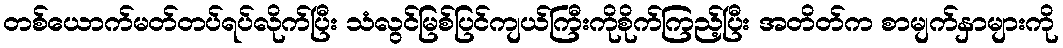
တစ်ယောက်မတ်တပ်ရပ်လိုက်ပြီး သံလွင်မြစ်ပြင်ကျယ်ကြီးကိုစိုက်ကြည့်ပြီး အတိတ်က စာမျက်နှာများကို